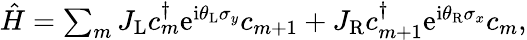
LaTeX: \begin{array}{r}{\hat{H}=\sum_{m}J_{\mathrm{L}}c_{m}^{\dagger}\mathrm{e}^{\mathrm{i}\theta_{\mathrm{L}}\sigma_{y}}c_{m+1}+J_{\mathrm{R}}c_{m+1}^{\dagger}\mathrm{e}^{\mathrm{i}\theta_{\mathrm{R}}\sigma_{x}}c_{m},}\end{array}